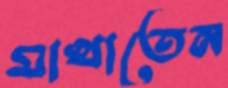
মাখাতেন